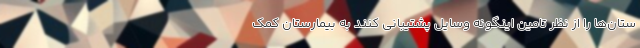
ستان‌ها را از نظر تامین اینگونه وسایل پشتیبانی کنند به بیمارستان کمک